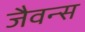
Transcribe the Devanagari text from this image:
जैवन्स